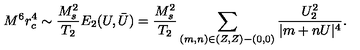
M ^ { 6 } r _ { c } ^ { 4 } \sim \frac { M _ { s } ^ { 2 } } { T _ { 2 } } E _ { 2 } ( U , \bar { U } ) = \frac { M _ { s } ^ { 2 } } { T _ { 2 } } \sum _ { ( m , n ) \in ( Z , Z ) - ( 0 , 0 ) } \frac { U _ { 2 } ^ { 2 } } { | m + n U | ^ { 4 } } .